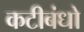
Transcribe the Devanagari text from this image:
कटीबंधो